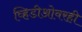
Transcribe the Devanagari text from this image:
व्हिडीओवरही